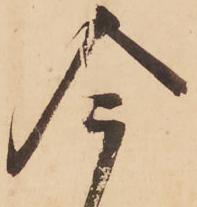
今